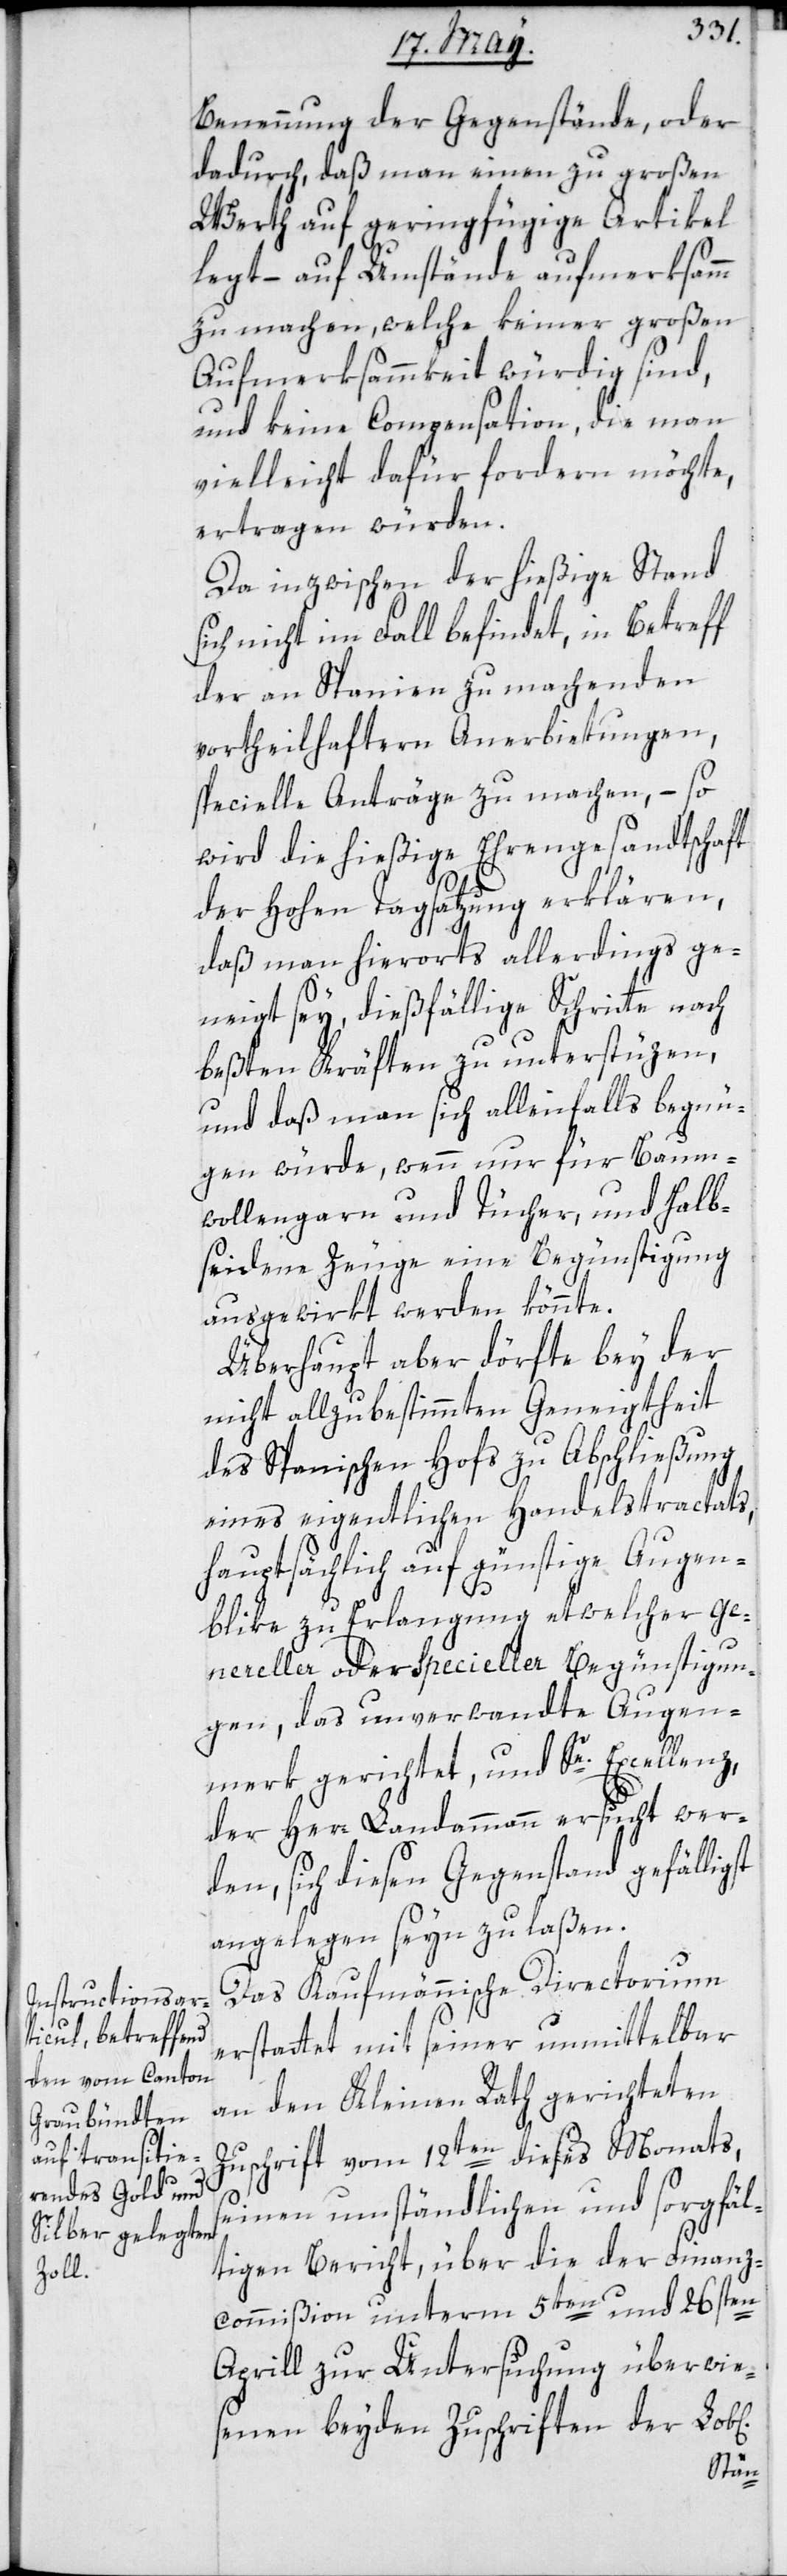
Benennung der Gegenstände, oder
dadurch, daß man einen zu großen
Werth auf geringfügige Artikel
legt, – auf Umstände aufmerksamm
zu machen, welche keiner großen
Aufmerksammkeit würdig sind,
und keine Compensation, die man
vielleicht dafür fordern möchte,
ertragen würden.
Da inzwischen der hießige Stand
sich nicht im Fall befindet, in Betreff
der an Spanien zu machenden
vortheilhaftern Anerbietungen,
specielle Anträge zu machen, – so
wird die hießige Ehrengesandtschaft
der hohen Tagsatzung erklären,
daß man hierorts allerdings ge¬
neigt sey, dießfällige Schritte nach
beßten Kräften zu unterstüzen,
und daß man sich allenfalls begnü¬
gen würde, wenn nur für Baum¬
wollengarn und Tücher und halb¬
seidene Zeuge eine Begünstigung
ausgewirkt werden könnte.
Überhaupt aber dörfte bey der
nicht allzu bestimmten Geneigtheit
des Spanischen Hofs zu Abschließung
eines eigentlichen Handelstractats,
hauptsächlich auf günstige Augen¬
blike zu Erlangung etwelcher ge¬
nereller oder specieller Begünstigun¬
gen, das unverwandte Augen¬
merk gerichtet, und Se. Excellenz,
der Herr Landammann ersucht wer¬
den, sich diesen Gegenstand gefälligst
angelegen seyn zu laßen.
Das Kaufmännische Directorium
erstattet mit seiner unmittelbar
an den Kleinen Rath gerichteten
Zuschrift vom 12ten dieses Monats,
seinen umständlichen und sorgfäl¬
tigen Bericht, über die der Finanz¬
commißion unterm 5ten und 26sten
Aprill zur Untersuchung überwie¬
senen beyden Zuschriften der Lob[l¬
ichen]